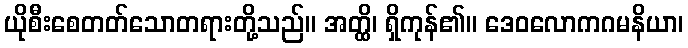
ယိုစီးစေတတ်သောတရားတို့သည်။ အတ္ထိ၊ ရှိကုန်၏။ ဒေဝလောကဂမနိယာ၊